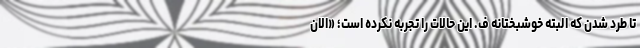
تا طرد شدن که البته خوشبختانه ف. این حالات را تجربه نکرده است؛ «الان